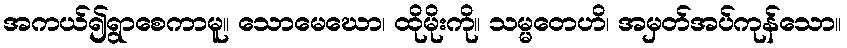
အကယ်၍ရွာစေကာမူ။ သောမေဃော၊ ထိုမိုးကို။ သမ္မတေဟိ၊ အမှတ်အပ်ကုန်သော။